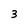
Character: 3